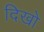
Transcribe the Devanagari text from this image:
दिखो